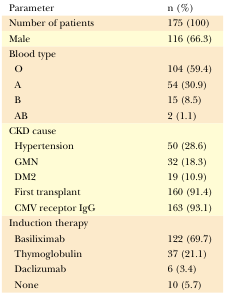
<table><thead><tr><td><b>Parameter</b></td><td><b>n (%) </b></td></tr></thead><tbody><tr><td>Number of patients </td><td>175 (100)</td></tr><tr><td>Male</td><td>116 (66.3)</td></tr><tr><td>Blood type</td><td></td></tr><tr><td>O</td><td>104 (59.4)</td></tr><tr><td>A</td><td>54 (30.9)</td></tr><tr><td>B</td><td>15 (8.5)</td></tr><tr><td>AB</td><td>2 (1.1)</td></tr><tr><td>CKD cause</td><td></td></tr><tr><td>Hypertension</td><td>50 (28.6)</td></tr><tr><td>GMN</td><td>32 (18.3)</td></tr><tr><td>DM2</td><td>19 (10.9)</td></tr><tr><td>First transplant</td><td>160 (91.4)</td></tr><tr><td>CMV receptor IgG </td><td>163 (93.1)</td></tr><tr><td>Induction therapy</td><td></td></tr><tr><td>Basiliximab</td><td>122 (69.7)</td></tr><tr><td>Thymoglobulin</td><td>37 (21.1)</td></tr><tr><td>Daclizumab</td><td>6 (3.4)</td></tr><tr><td>None</td><td>10 (5.7) </td></tr></tbody></table>